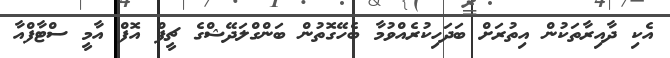
އެކި ދާއިރާތަކުން އިތުރަށް ބަދަހިކުރެއްވުމާ ބެހޭގޮތުން ބަންގްލަދޭޝްގެ ޗީފް އޮފް އާމީ ސްޓާފްއާ